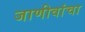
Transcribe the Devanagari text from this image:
जाणीवांचा